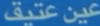
عين عتيق